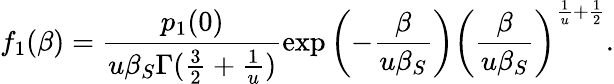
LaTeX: f_{1}(\beta)=\frac{p_{1}(0)}{u\beta_{S}\Gamma(\frac{3}{2}+\frac{1}{u})}\exp\left(-\frac{\beta}{u\beta_{S}}\right)\left(\frac{\beta}{u\beta_{S}}\right)^{\frac{1}{u}+\frac{1}{2}}.